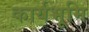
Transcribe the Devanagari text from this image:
कार्यभूमि